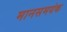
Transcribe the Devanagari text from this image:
मानसमयंक